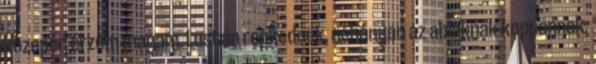
közepén érzem magam. Lustán repkednek, néhányan az ablaknak koppannak,